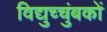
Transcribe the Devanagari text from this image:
विद्युच्चुंबकों